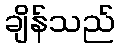
ချိန်သည်